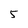
Character: 5